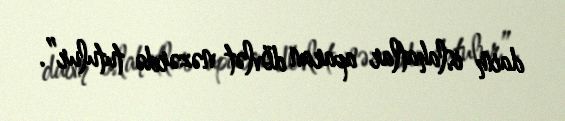
daim islahatlar aparan dövlət nəzərdə tutulur”.